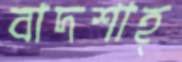
বাদশাহ্